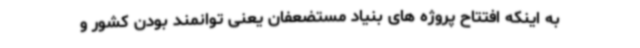
به اینکه افتتاح پروژه های بنیاد مستضعفان یعنی توانمند بودن کشور و